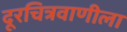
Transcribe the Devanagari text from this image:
दूरचित्रवाणीला